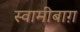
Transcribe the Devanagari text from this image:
स्वामीबाग़